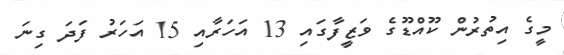
މީގެ އިތުރުން ކޫއްޑޫގެ ވަޒީފާގައި 13 އަހަރާއި 15 އަހަރު ފަދަ ގިނަ